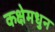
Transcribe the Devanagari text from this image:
कक्षेमधुन